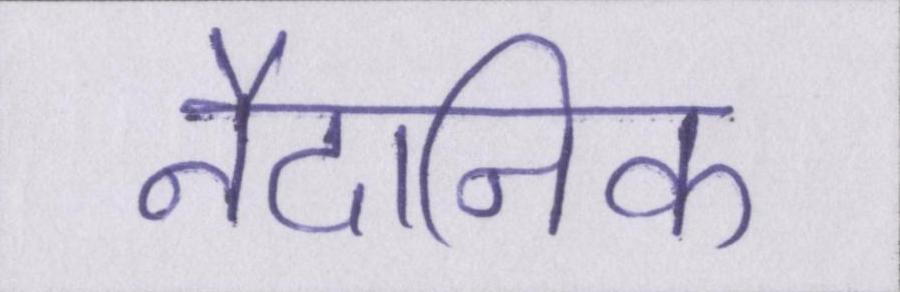
नैदानिक